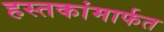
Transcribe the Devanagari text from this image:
हस्तकांमार्फत